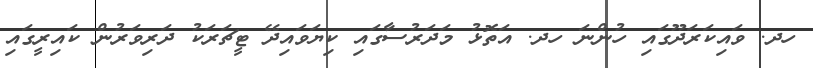
ހދ. ވައިކަރަދޫގައި ހުންނަ ހދ. އަތޮޅު މަދަރުސާގައި ކިޔަވައިދޭ ޓީޗަރަކު ދަރިވަރުން ކައިރީގައި